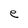
Character: e